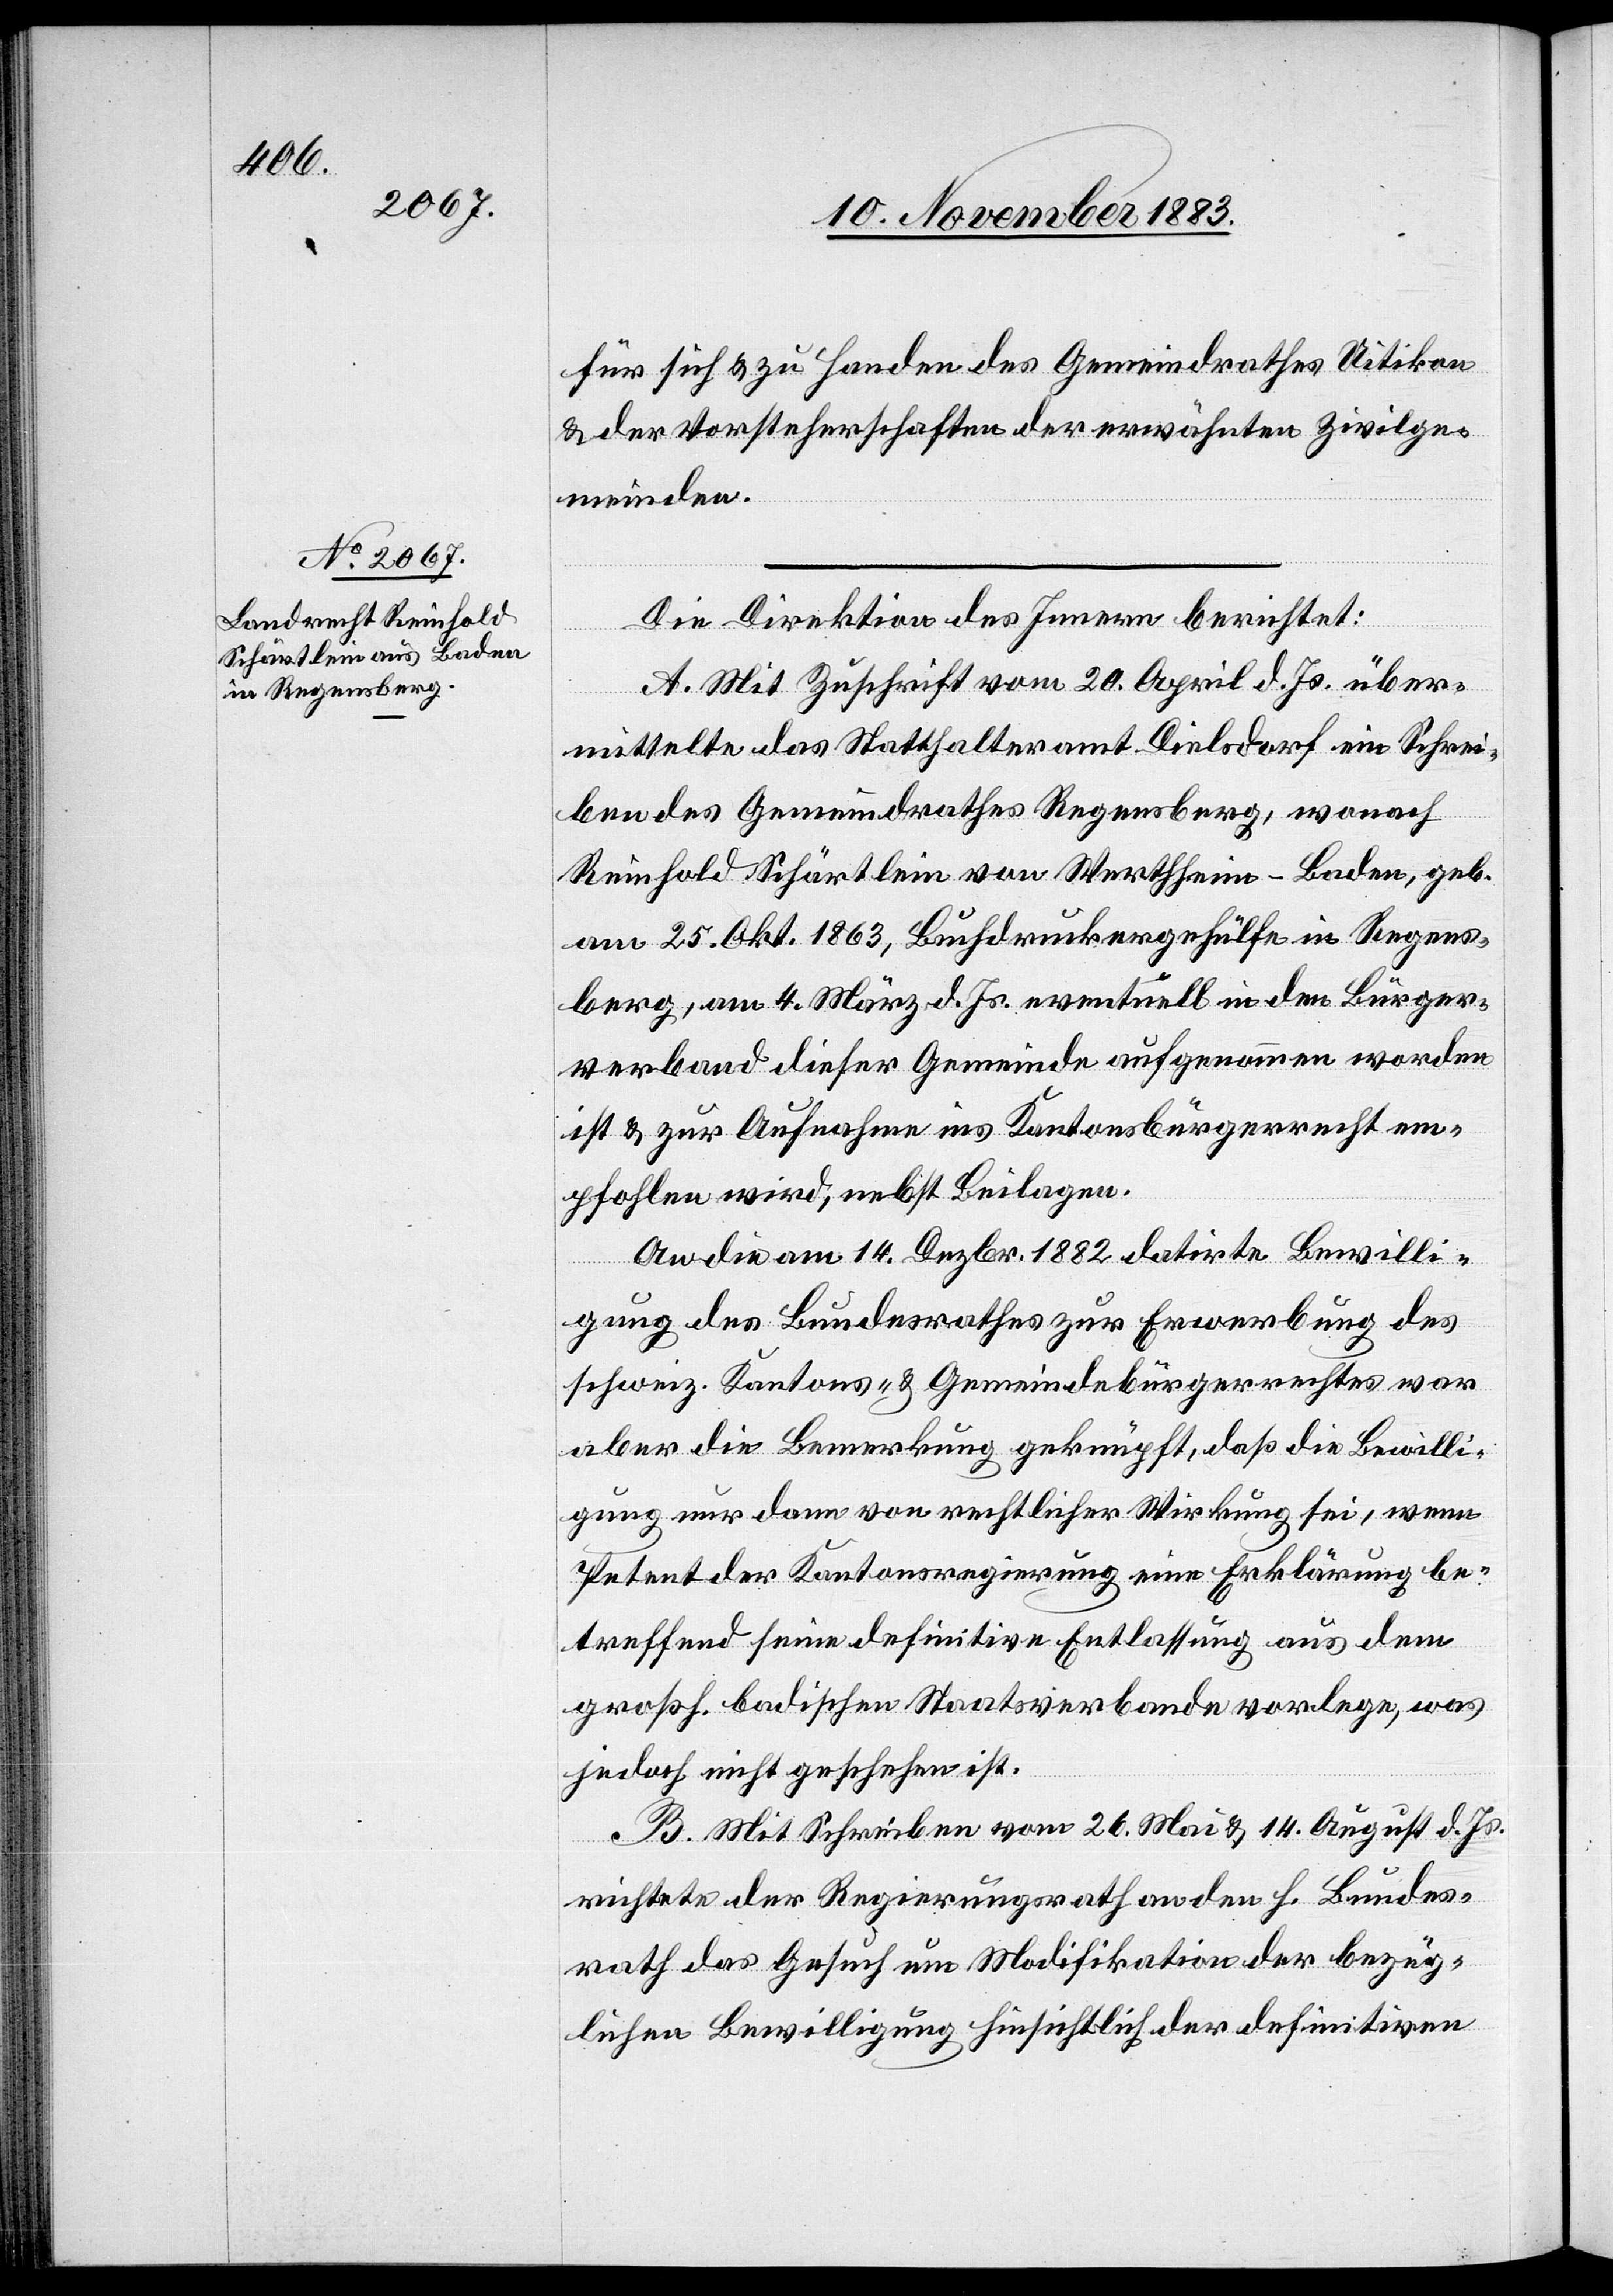
für sich und zu Handen des Gemeindrathes Uitikon
& der Vorsteherschaften der erwähnten Zivilge¬
meinden.
Die Direktion des Innern berichtet:
A. Mit Zuschrift vom 20. April d. Js. über¬
mittelte das Statthalteramt Dielsdorf ein Schrei¬
ben des Gemeindrathes Regensberg, wonach
Reinhold Schärtlein von Werthheim - Baden, geb.
am 25. Okt. 1863, Buchdruckergehülfe in Regens¬
berg, am 4. März d. Js. eventuell in den Bürger¬
verband dieser Gemeinde aufgenommen worden
ist & zur Aufnahme ins Kantonsbürgerrecht em¬
pfohlen wird, nebst Beilagen.
An die am 14. Dezbr. 1882 datirte Bewilli¬
gung des Bundesrathes zur Erwerbung des
schweiz. Kantons- & Gemeindebürgerrechtes war
aber die Bemerkung geknüpft, daß die Bewilli¬
gung nur dann von rechtlicher Wirkung sei, wenn
Petent der Kantonsregierung eine Erklärung be¬
treffend seine definitive Entlassung aus dem
großh. badischen Staatsverbande vorlege, was
jedoch nicht geschehen ist.
B. Mit Schreiben vom 26. Mai & 14. August d. Js.
richtete der Regierungsrath an den h. Bundes¬
rath das Gesuch um Modifikation der bezüg¬
lichen Bewilligung hinsichtlich der definitiven